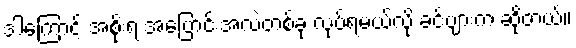
ဒါကြောင့် အစိုးရ အပြောင်းအလဲတစ်ခု လုပ်ရမယ်လို့ ခင်ဗျားက ဆိုတယ်။